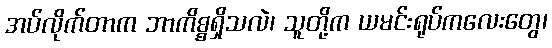
အပ်လိုက်တာက ဘာကိစ္စရှိသလဲ၊ သူတို့က ယမင်းရုပ်ကလေးတွေ၊